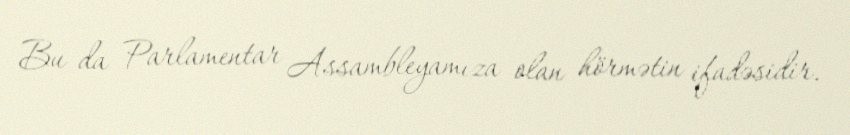
Bu da Parlamentar Assambleyamıza olan hörmətin ifadəsidir.